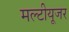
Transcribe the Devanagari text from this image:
मल्टीयूजर